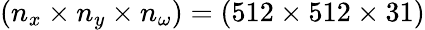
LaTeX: (n_{x}\times n_{y}\times n_{\omega})=(512\times 512\times 31)